Sanitation, dispensaries and jails vaccination Rajputana 1922-1927 - 1922-1927
Year: 1922
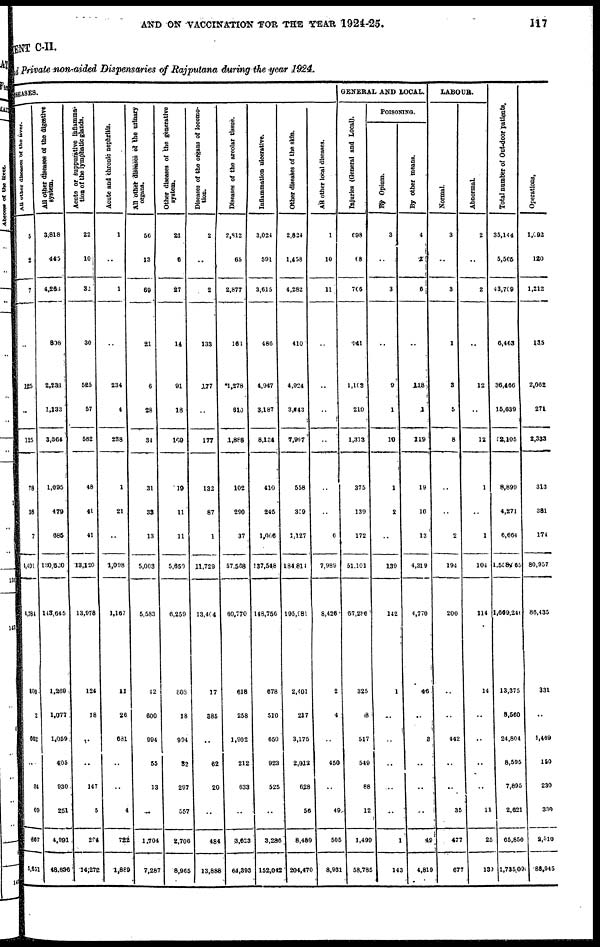
AND ON VACCINATION FOR THE YEAR 1924-25.
117
MENT C-II.
and Private non-aided Dispensaries of Rajputana during the year 1924.
SEASES.
All other diseases of the liver.
5
2
7
..
125
..
125
78
36
7
4,401
4,784
100
2
662
..
34
69
367
5,551
All other diseases of the digestive
system.
3,818
445
4,263
808
2,231
1,133
3,364
1,095
479
685
130,630
143,645
1,269
1,077
1,059
4,05
930
251
4,991
48,636
Acute or suppurative Inflamma-
tion of the lymphatic glands.
22
10
32
30
525
57
582
48
41
41
18,120
13,978
124
18
..
..
147
5
294
14,272
Acute and chronic nephritis.
1
..
1
..
234
4
238
1
21
..
1,098
1,167
11
26
681
..
..
4
722
1,889
All other diseases of the urinary
organs.
56
13
69
21
6
28
34
31
33
13
5,003
5,583
42
600
994
55
13
..
1,704
7,287
Other diseases of the generative
system.
21
6
27
14
91
18
109
19
11
11
5,650
6,259
808
18
994
32
297
557
2,706
8,965
Diseases of the organs of locomo-
tion.
2
..
2
133
177
..
177
132
87
1
11,729
13,404
17
385
..
62
20
..
484
13,888
Diseases of the areolar tissue.
2,812
65
2,877
16!
1,278
610
l,888
102
290
37
57,568
60,770
618
258
1,902
212
633
..
3,623
64,393
Inflammation ulcerative.
3,024
591
3,615
486
4,947
3,187
8,134
410
245
1,006
137,548
148,756
678
510
650
923
525
..
3,286
152,042
Other diseases of the skin.
2,824
1,458
4,282
410
4,924
3,643
7,967
558
359
1,127
184,814
195,981
2,401
217
3,175
2,012
628
56
8,489
204,470
All other local diseases.
1
10
11
..
..
..
..
..
..
6
7,989
8,426
2
4
..
450
..
49
505
8,931
GENERAL AND LOCAL.
Injuries (General and Local).
698
68
766
141
1,103
210
1,313
375
139
172
51,101
57,286
325
8
517
549
88
12
1,499
58,785
POISONING.
By Opium.
3
..
3
..
9
1
10
1
2
..
139
142
1
..
..
..
..
..
1
143
By other means.
4
2
1
..
118
1
119
19
10
13
4,319
4,770
46
..
3
..
..
..
49
4,819
LABOUR.
Normal.
3
..
3
1
3
5
8
..
..
2
194
200
..
..
442
..
..
35
477
677
Abnormal.
2
..
2
..
12
..
12
1
..
1
104
114
14
..
..
..
..
11
25
130
Total number of Out-door patients.
35,144
5,565
43,709
6,463
36,466
15,639
52,105
8,899
4,271
6,664
1,558,065
1,669,246
13,375
8,560
24,804
8,595
7,895
2,621
65,850
1,735,090
Operations.
1,092
120
1,212
135
2,062
271
2,333
313
381
174
80,957
86,435
331
..
1,469
150
230
339
2,510
88,945